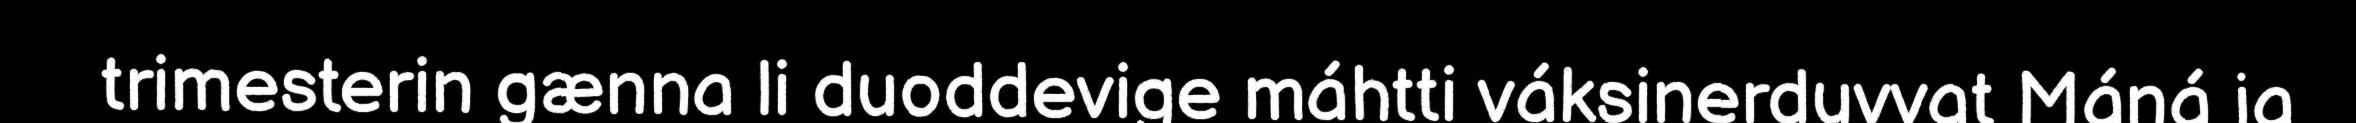
trimesterin gænna li duoddevige máhtti váksinerduvvat Máná ja